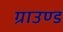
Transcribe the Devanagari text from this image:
ग्राउण्‍ड